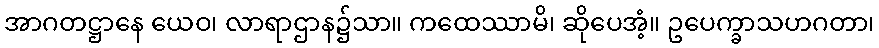
အာဂတဋ္ဌာနေ ယေဝ၊ လာရာဌာန၌သာ။ ကထေဿာမိ၊ ဆိုပေအံ့။ ဥပေက္ခာသဟဂတာ၊